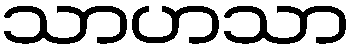
သာဟသာ